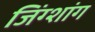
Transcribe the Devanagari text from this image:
जिंग्शांग